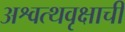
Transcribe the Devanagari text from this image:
अश्वत्थवृक्षाची